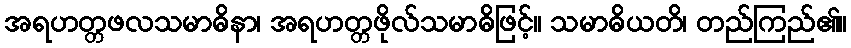
အရဟတ္တဖလသမာဓိနာ၊ အရဟတ္တဖိုလ်သမာဓိဖြင့်။ သမာဓိယတိ၊ တည်ကြည်၏။